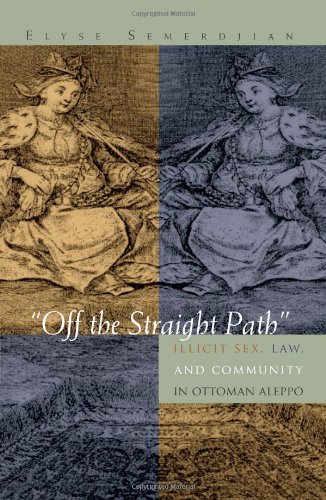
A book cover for Off the Straight Path: Illicit Sex, Law, and Community in Ottoman Aleppo (Gender, Culture, and Politics in the Middle East); Elyse Semerdijan; History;